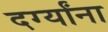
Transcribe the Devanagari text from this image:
दर्ग्यांना